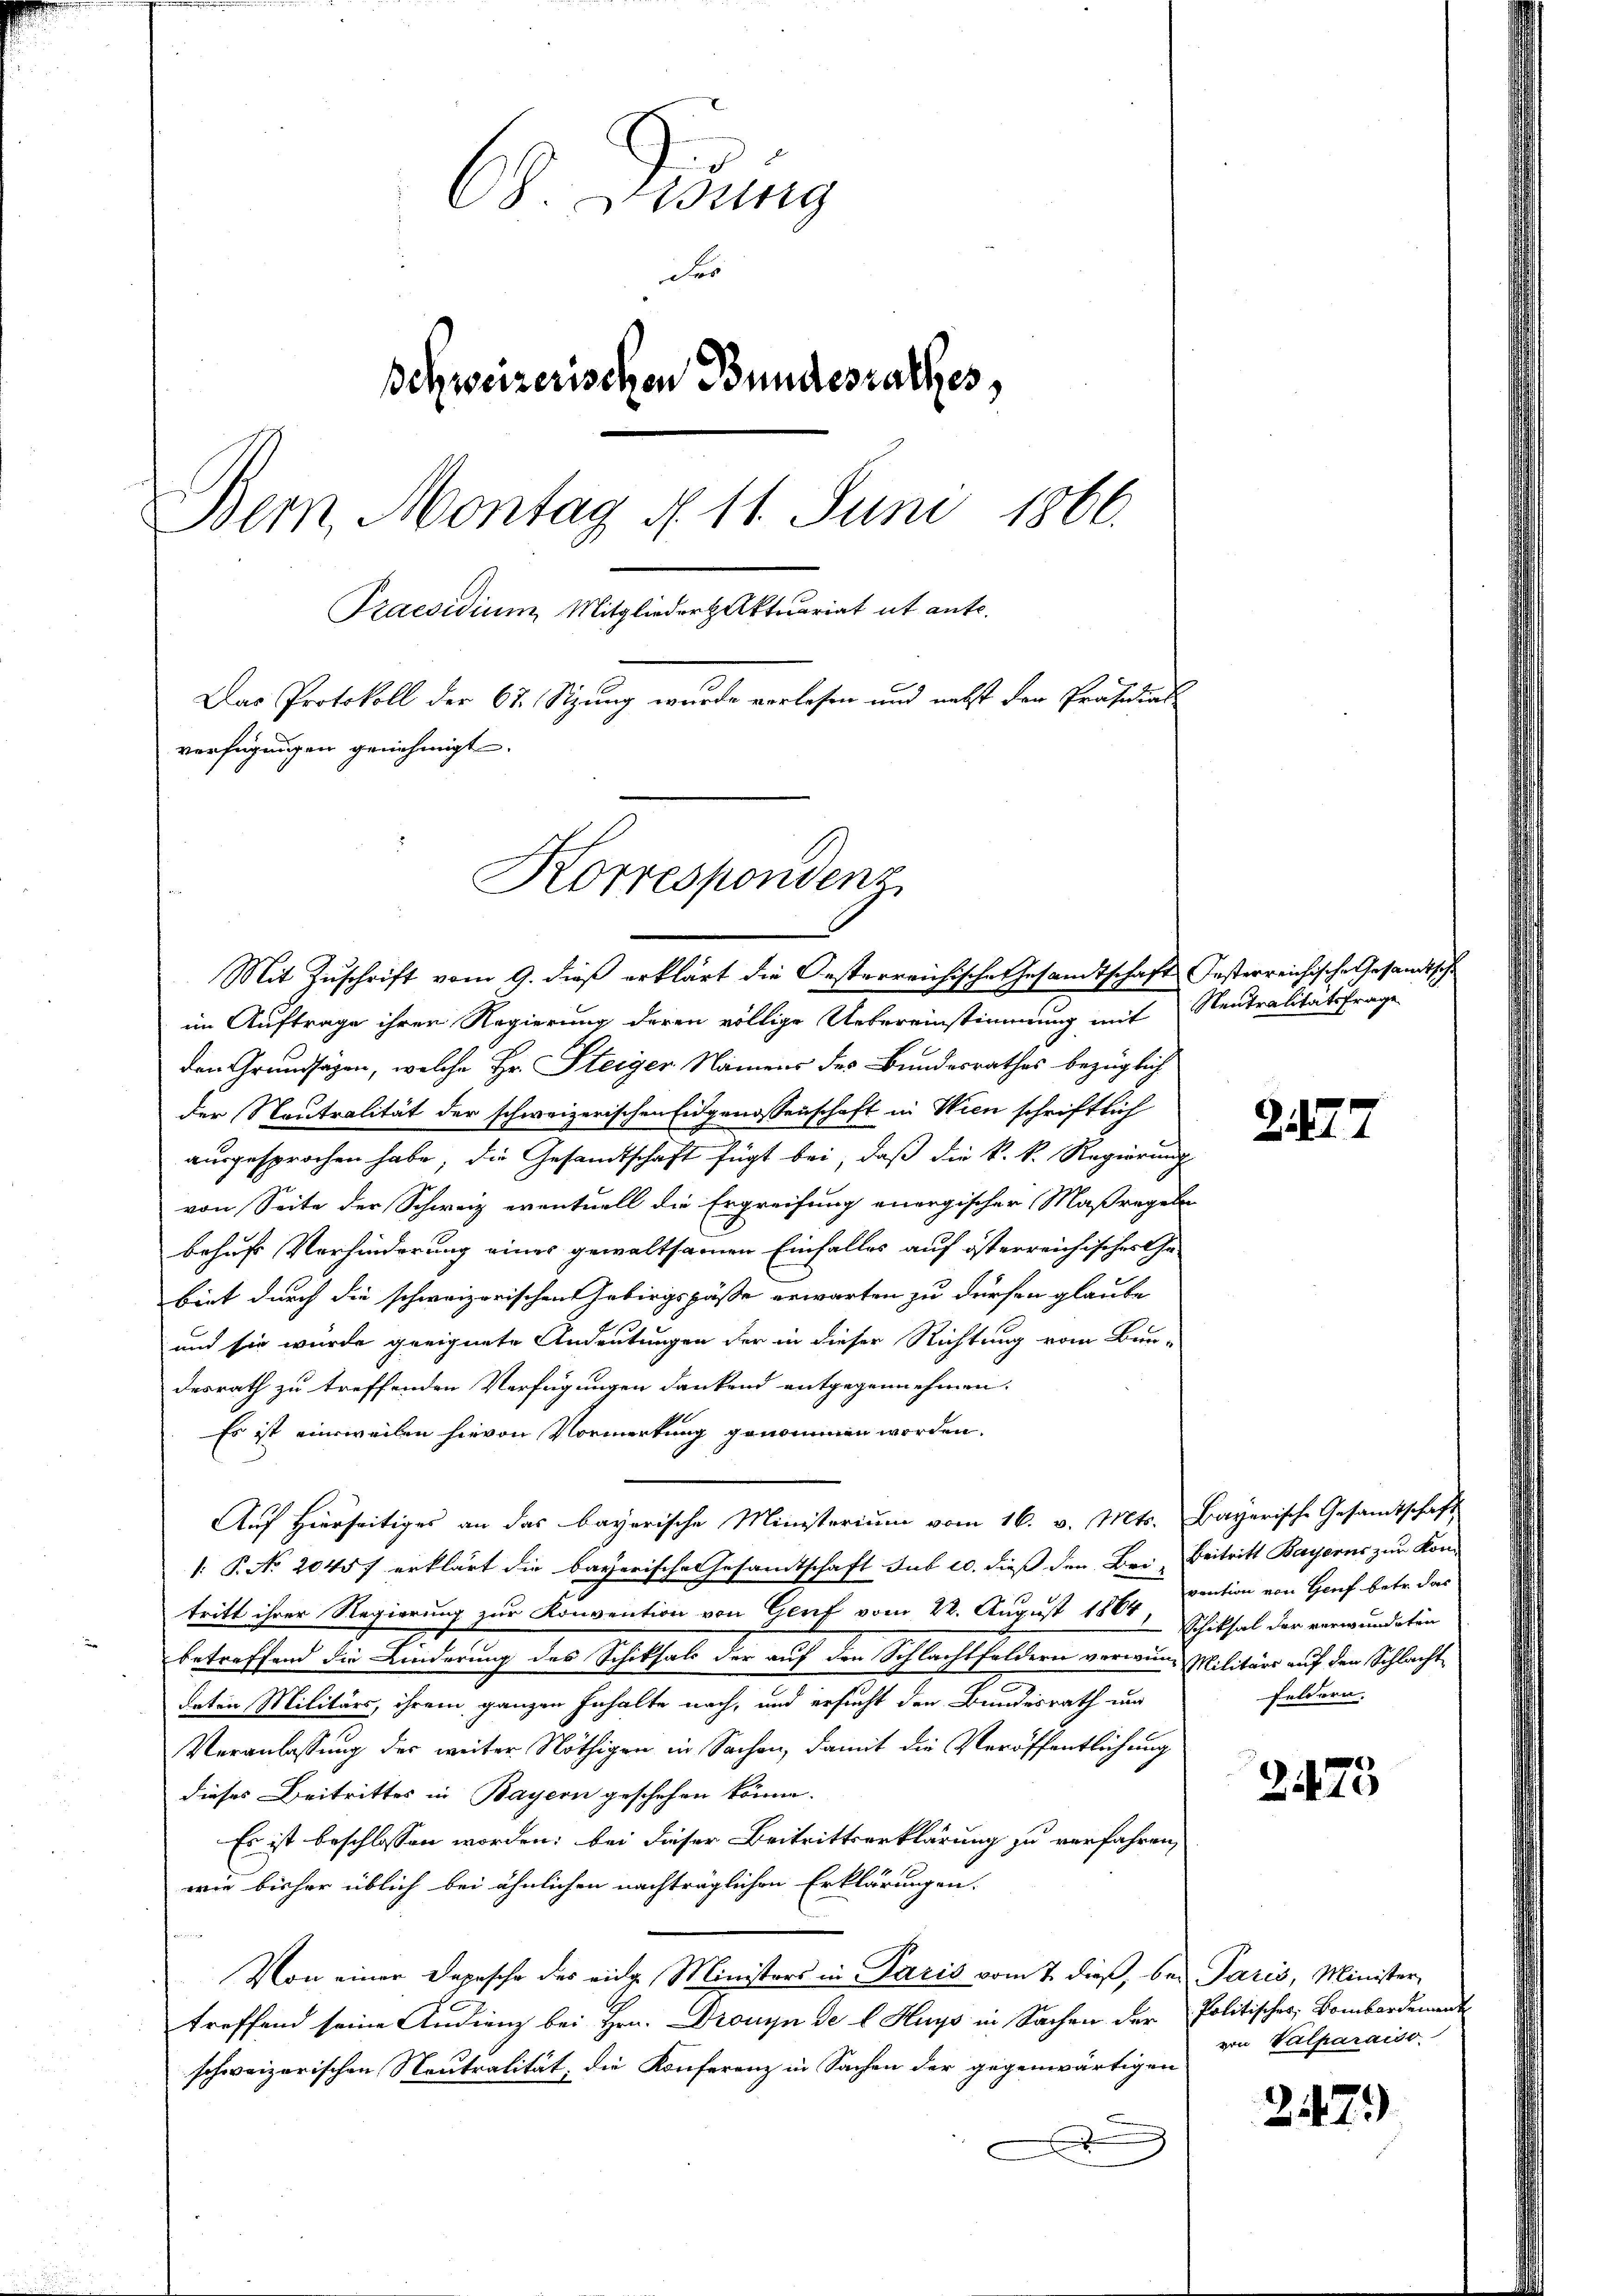
C8. Wisung
der
Behweizerischen Bundesrathes,
Bern, Montag N. 11. Juni 1866.
Praesidium Mitglieder Aktuariat ab ant¬
Das Protokoll der 67. Sizung wurde verlesen und nebst der Präsidial
verfügungen genehmigt.
Korrespondenz

Mit Zuschrift vom 9. dieß erklärt die Oesterreichische Gesandtschaft festerreichische Gesandtsche
im Auftrage ihren Regierung deren völlige Uebereinstimmung mit Neutralitätsfrage

den Grundsägen, welche Hr. Steiger Namens des Bundesrathes bezüglich
der Neutralität der schweizerischen Eidgenossenschaft in Wien schriftlich
ausgesprochen habe, die Gesandtschaft fügt bei, daß die k. k. Regierung
von Seite der Schweiz eventuell die Ergreifung energischer Maßregeln
behuf Verhinderung eines gewaltsamen Einfalles auf österreichisches Gebiet durch die schweizerischen Gebirgspässe erwarten zu dürfen glaube
und sie wurde geeignete Andeutungen der in dieser Richtung vom Bun-
desrath zu treffenden Verfügungen dankend entgegennehmen.
Es ist einweilen hievon Vormerkung genommen worden.
Auf Hierseitiges an das bayerische Ministerium vom 16. v. Mts. Bayerische Gesamtschaft
1: P. No. 20457 erklärt die bayerische Gesamtschaft sub 20. dieß den Bei Beitritt Bayorus zur Kon-
tritt ihrer Regierung zur Konvention von Genf vom 22. August 1864, Schicksal der verwundeten
betreffend die Kinderung des Schiksals der auf den Schlachtfeldern verwin Militärs auf den Schlacht
deten Militärs, ihrem ganzen Inhalte nach, und ersucht den Bundesrath und
Veranlassung der weiter Nöthigen in Sachen, damit die Veröffentlichung
dieses Beitrittes in Bayern geschehen könne.
Es ist beschlossen worden; bei dieser Beitrittserklärung zu verfahren,
wie bisher üblich bei ähnlichen nachträglichen Erklärungen.
Von einer Depesche des eidg. Ministers in Paris vom 7. dieß, bei Paris, Minister
treffend seine Andrenz bei Hrn. Dronyn de l Huys in Sachen der Politischer, Bombardement
schweizerischen Neutralität, die Konferenz in Sachen der gegenwärtigen
.

2147

vention von Genf betr. das
Feldern.

e
2410

von Valparaiso

247)